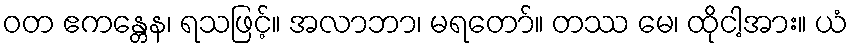
ဝတ ဧကန္တေန၊ ရသဖြင့်။ အလာဘာ၊ မရတော်။ တဿ မေ၊ ထိုငါ့အား။ ယံ